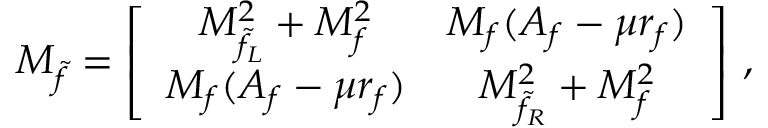
{ \cal M } _ { \tilde { f } } = \left[ \begin{array} { c c } { { M _ { \tilde { f } _ { L } } ^ { 2 } + M _ { f } ^ { 2 } } } & { { M _ { f } ( A _ { f } - \mu r _ { f } ) } } \\ { { M _ { f } ( A _ { f } - \mu r _ { f } ) } } & { { M _ { \tilde { f } _ { R } } ^ { 2 } + M _ { f } ^ { 2 } } } \end{array} \right] \, ,